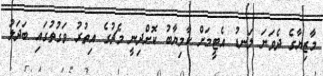
މާޒިޔާގެ ދެވަނަ ލަނޑު އެޓީމަށް ކާމިޔާބު ކޮށްދިނީ މެޗުގެ އިތުރު ވަގުތުގައި ބަދަލު